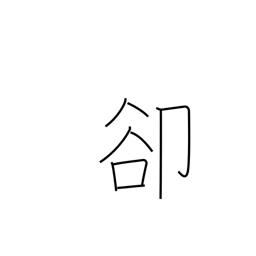
Meaning: instead